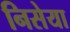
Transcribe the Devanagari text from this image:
निसेया